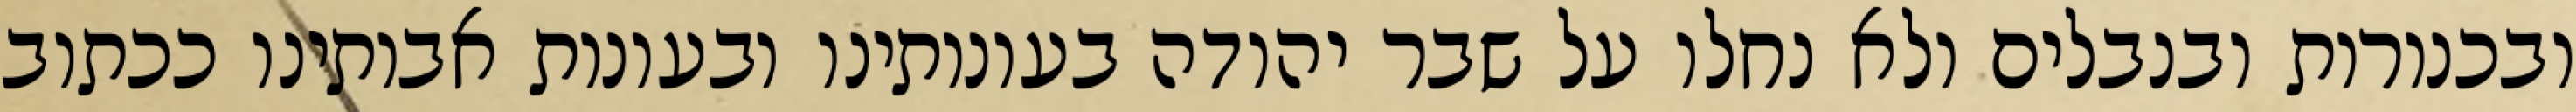
ובכנורות ובנבלים ולא נחלו על שבר יהודה בעונותינו ובעונות אבותינו ככתוב